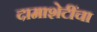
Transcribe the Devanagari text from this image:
दामाशेटींचा